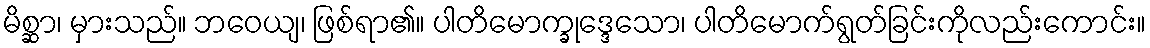
မိစ္ဆာ၊ မှားသည်။ ဘဝေယျ၊ ဖြစ်ရာ၏။ ပါတိမောက္ခုဒ္ဒေသော၊ ပါတိမောက်ရွတ်ခြင်းကိုလည်းကောင်း။